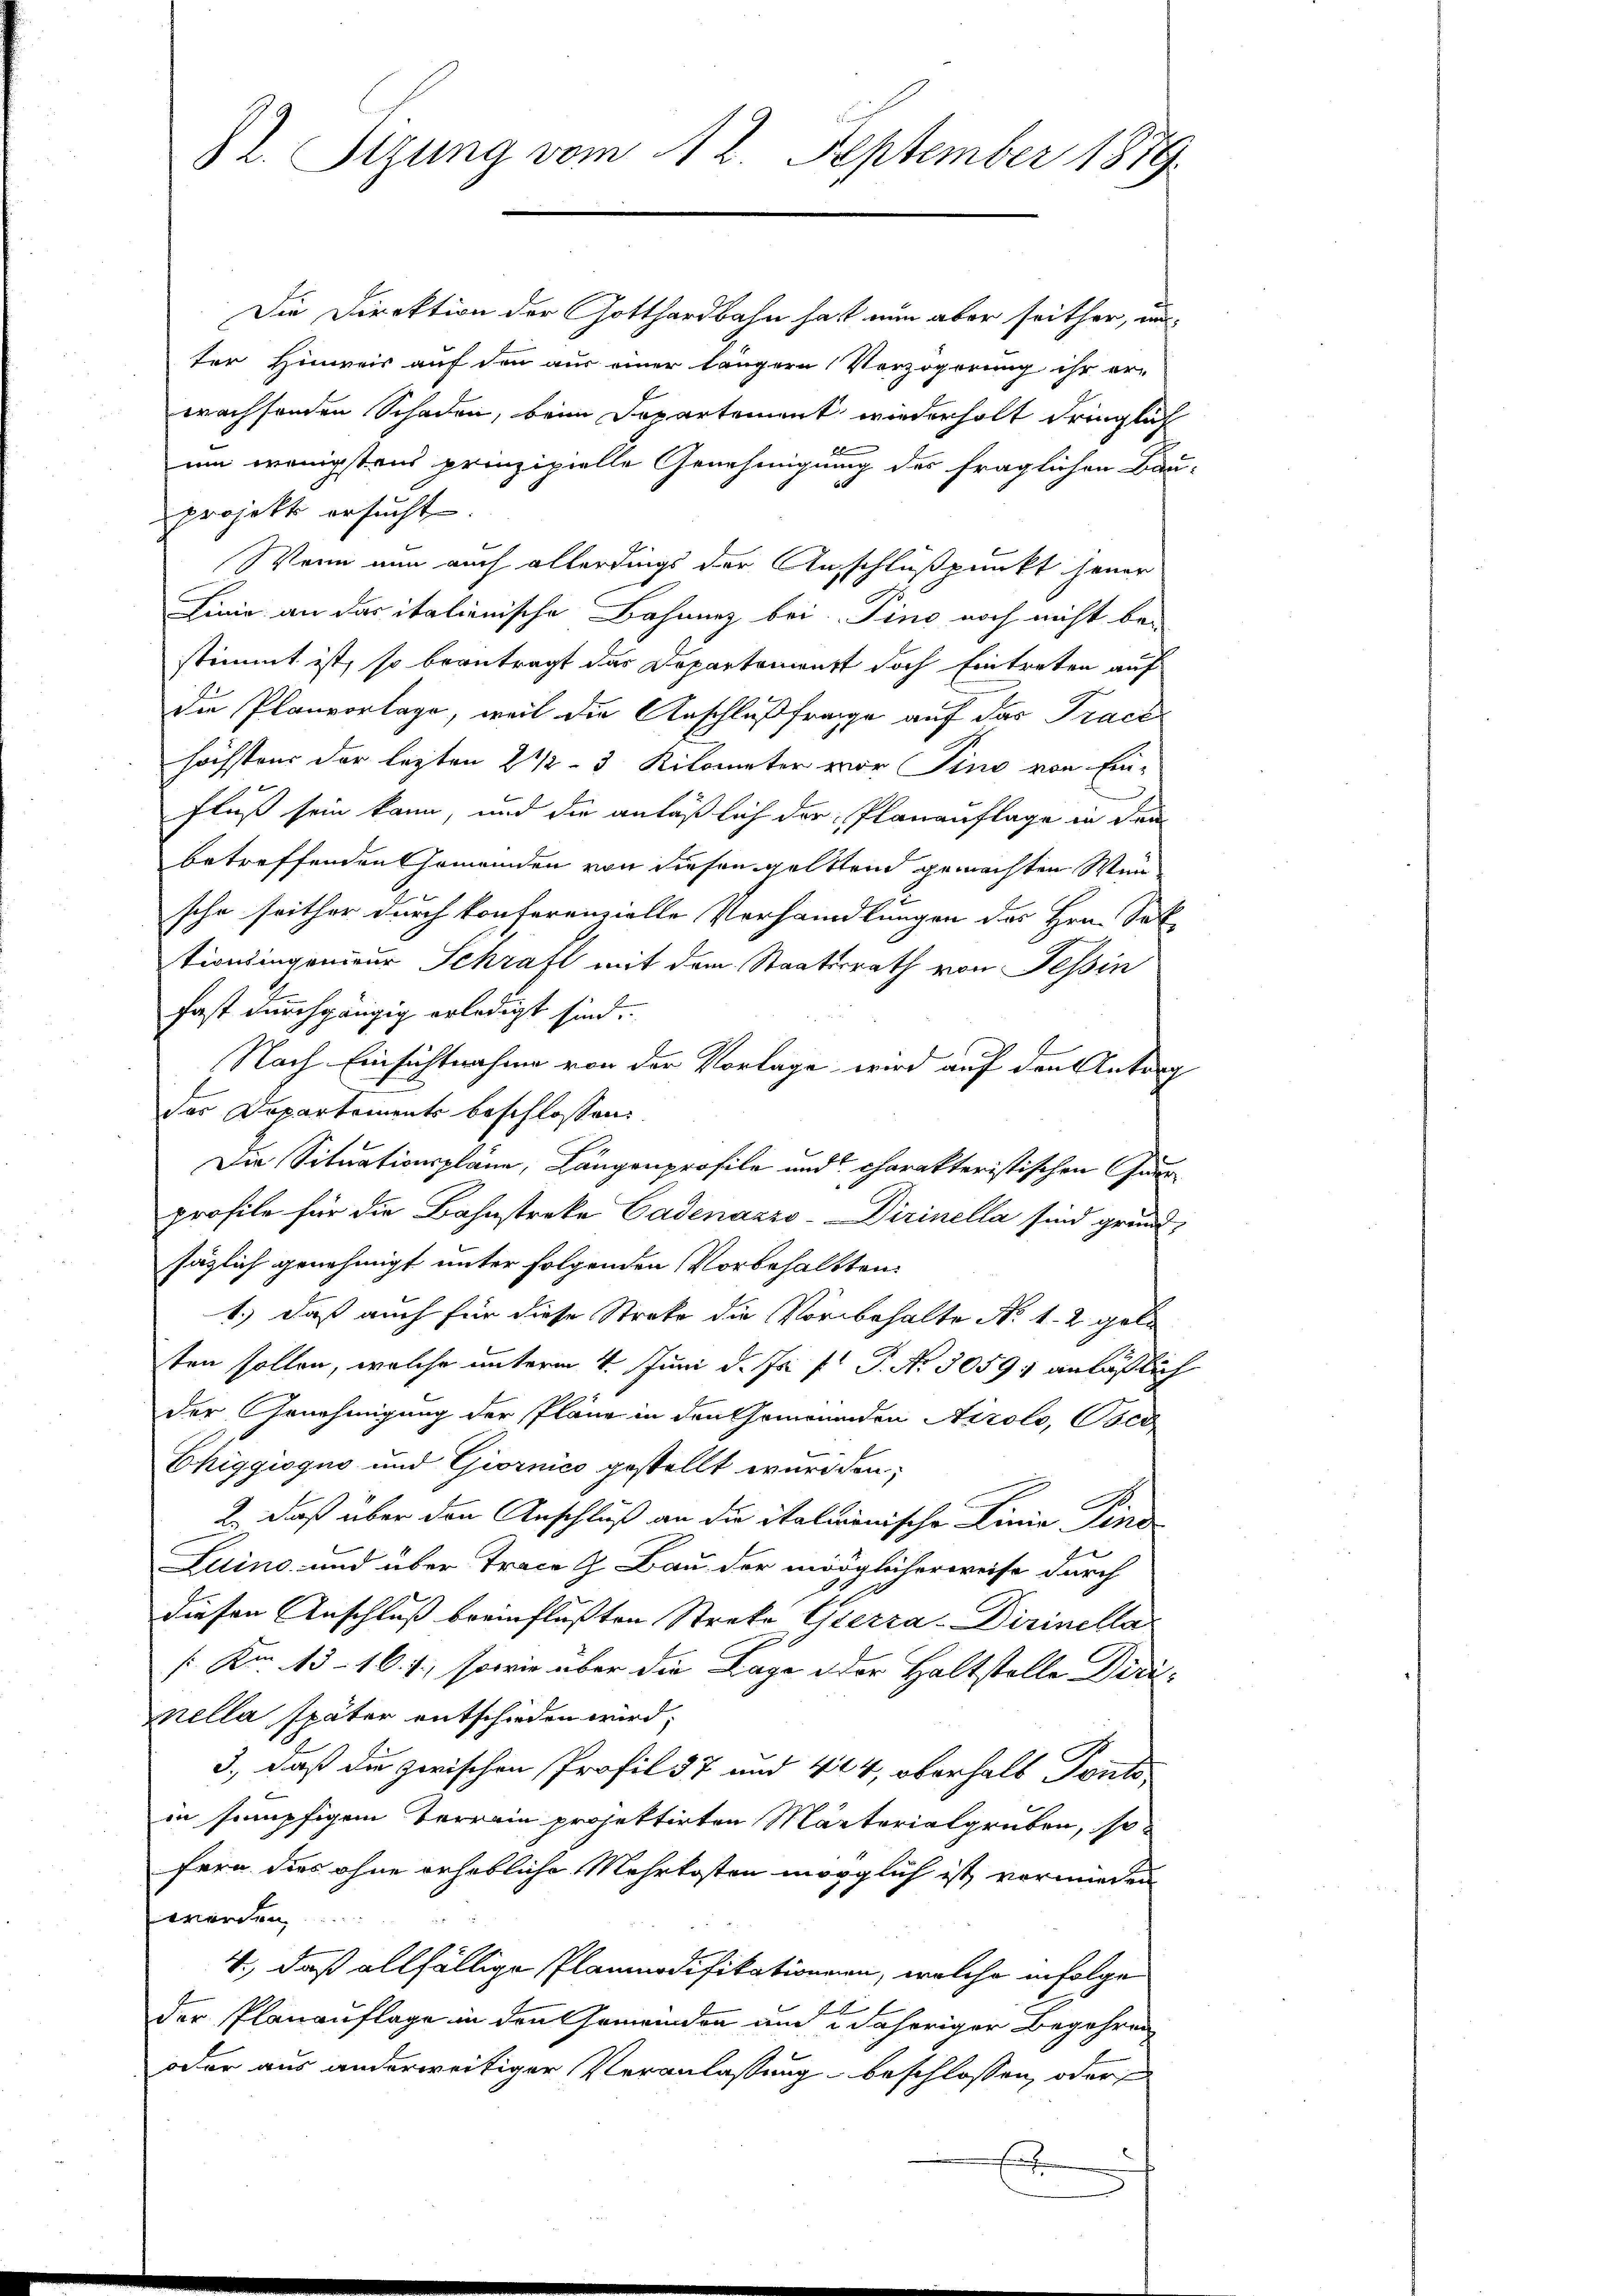
l. Sizung vom 12. September 1879.

Die Direktion der Gotthardbahn hat nun aber seither, un
ter Hinweis auf den aus einer längern Verzögerung ihr er-
wachsenden Schaden, beim Departement wiederholt dringlich
8
um wenigstens prinzipielle Genehmigung des fraglichen Bau-
projekt ersucht.
Wenn nun auch allerdings der Anschlußpunkt jener
Linie an das italienische Bahnung bei Pino noch nicht be-
stimmt ist, so beantragt das Departement doch Eintreten auf
die Planvorlage, weil die Anschlußfrage auf das Tracé
höchstens der lezten 2 1/2–3 Kilometer vor Pino von Ein-
Fluß sein kann, und die anläßlich der Planauflage in dem
betreffenden Gemeinden von diesen gelttend gemachten Weische seither durch konferenzielle Verhandlungen des Hrn. Sektionsingenieur Schraft mit dem Staatsrath von Tessin
fast durchgängig erledigt sind.
Nach Einsichtnahme von der Vorlage wird auf den Antrag
das Departements beschlossen:
Die Situationspläne, Längenprofile und charakteristischen Garprofile für die Bahnstreke Cadenazzo-Dirinella sind grund,
säzlich genehmigt unter folgenden Vorbehaltten.
1.) daß auch für diese Streke die Vorbehalte No 12 gelten sollen, welche unterm 4. Juni d. Js. f. P. Nr. 3059: anläßlich
der Genehmigung der Pläne in den Gemeinden Airolo, Poca
Chiggiogus und Giornico gestellt wurden;
2.) Daß über den Anschluß an die italienische Linia Vind
Luino und über Trace G. Bau der möglicherweise durch
diesen Anschluß beeinflußten Streke Esterra-Dirinella
/ Kr. 15 - 16. f., sowie über die Lage oder Haltstelle Dirimella später entschieden wird,
3., daß die zwischen Profil 37 und 444, oberhalb Ponto
in senpfigen Terrain projektirten Märterialgruben, so
fern dies ohne erhebliche Mehrkosten möglich ist vormieden
worden,
4., daß allfällige Plammodifikationen, welche infolge
der Planauflage in den Gemeinden und 2 daheriger Begehren
oder aus anderweitiger Veranlassung beschlossen, oder
E